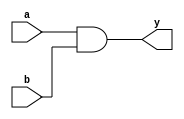
module combinational_logic (
    input wire a,        // First input
    input wire b,        // Second input
    output reg y        // Output
);

// Always block to model combinational logic
always @(*) begin
    y = a & b;          // Procedural assignment using '=' for combinational logic
end

endmodule